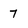
Character: 7